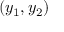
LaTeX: ( y _ { 1 } , y _ { 2 } )